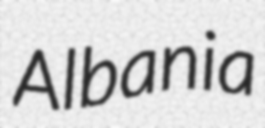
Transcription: Albania